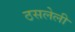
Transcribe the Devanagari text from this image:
ठसलेली